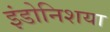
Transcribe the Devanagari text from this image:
इंडोनिशया